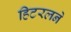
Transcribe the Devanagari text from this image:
हिटरलने